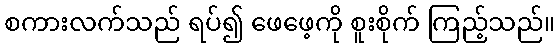
စကားလက်သည် ရပ်၍ ဖေဖေ့ကို စူးစိုက် ကြည့်သည်။